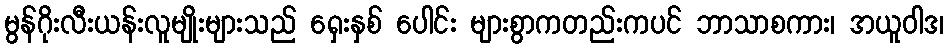
မွန်ဂိုးလီးယန်းလူမျိုးများသည် ရှေးနှစ် ပေါင်း များစွာကတည်းကပင် ဘာသာစကား၊ အယူဝါဒ၊